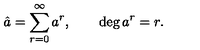
\hat { a } = \sum _ { r = 0 } ^ { \infty } a ^ { r } , \qquad \deg { a ^ { r } } = r .